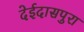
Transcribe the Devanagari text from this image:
देईदासपुरा